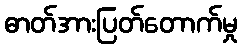
ဓာတ်အားပြတ်တောက်မှု